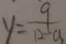
y = \frac { 9 } { 1 2 - a }